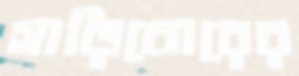
গাড়িচোরের